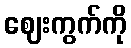
ဈေးကွက်ကို